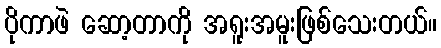
ပိုကာဖဲ ဆော့တာကို အရူးအမူးဖြစ်သေးတယ်။